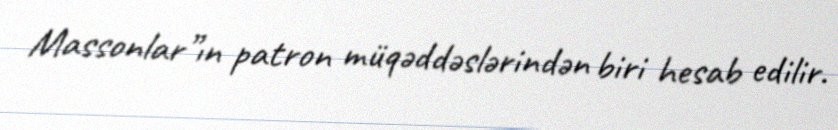
Massonlar”ın patron müqəddəslərindən biri hesab edilir.